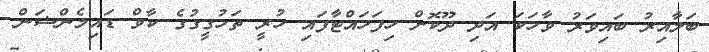
ބަލާއިރު ބައިވަރު ވާހަކަ އަދި ދޫކޮށް ހިފަހައްޓާފައި ހުރީ ތަހުގީގުގެ ކާވް ޑައިމެންޝަން